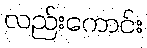
လည်းကောင်း